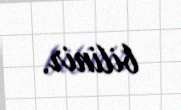
bilinir.